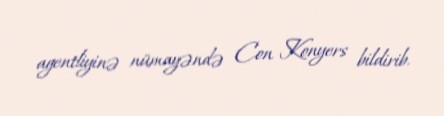
agentliyinə nümayəndə Con Konyers bildirib.